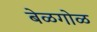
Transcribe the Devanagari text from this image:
बेळगोळ